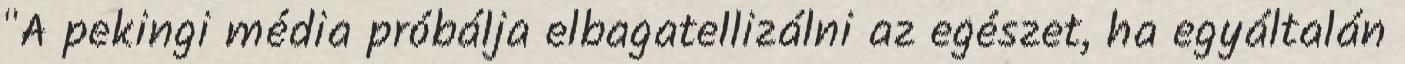
"A pekingi média próbálja elbagatellizálni az egészet, ha egyáltalán